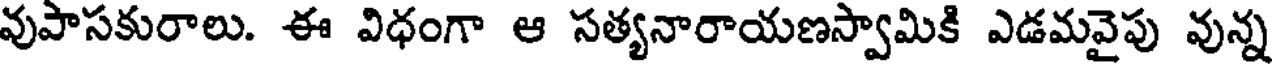
వుపాసకురాలు. ఈ విధంగా ఆ సత్యనారాయణస్వామికి ఎడమవైపు వున్న